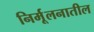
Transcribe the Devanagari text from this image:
निर्मूलनातील